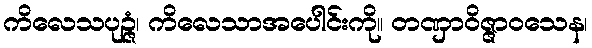
ကိလေသပုဉ္ဇံ၊ ကိလေသာအပေါင်းကို။ တဏှာဝိဇ္ဇာဝသေန၊